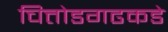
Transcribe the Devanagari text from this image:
चित्तोडगढकडे